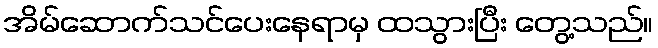
အိမ်ဆောက်သင်ပေးနေရာမှ ထသွားပြီး တွေ့သည်။